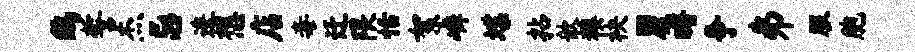
鸱誓杰忌逶想店毒迁隈恬絮嶙堞拈歆糗袂瞿曙争井服胞